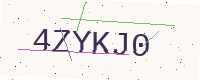
Text: 4ZYKJ0